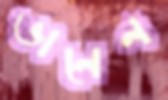
ভানেন